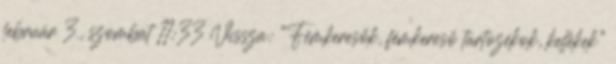
február 3., szombat 11:33 Vissza: “Fémkeresők, fémkereső tartozékok, kellékek”